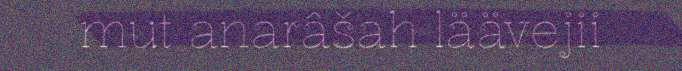
mut anarâšah läävejii